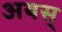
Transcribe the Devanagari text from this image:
अयस्‌